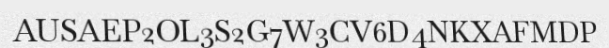
AUSAEP2OL3S2G7W3CV6D4NKXAFMDP